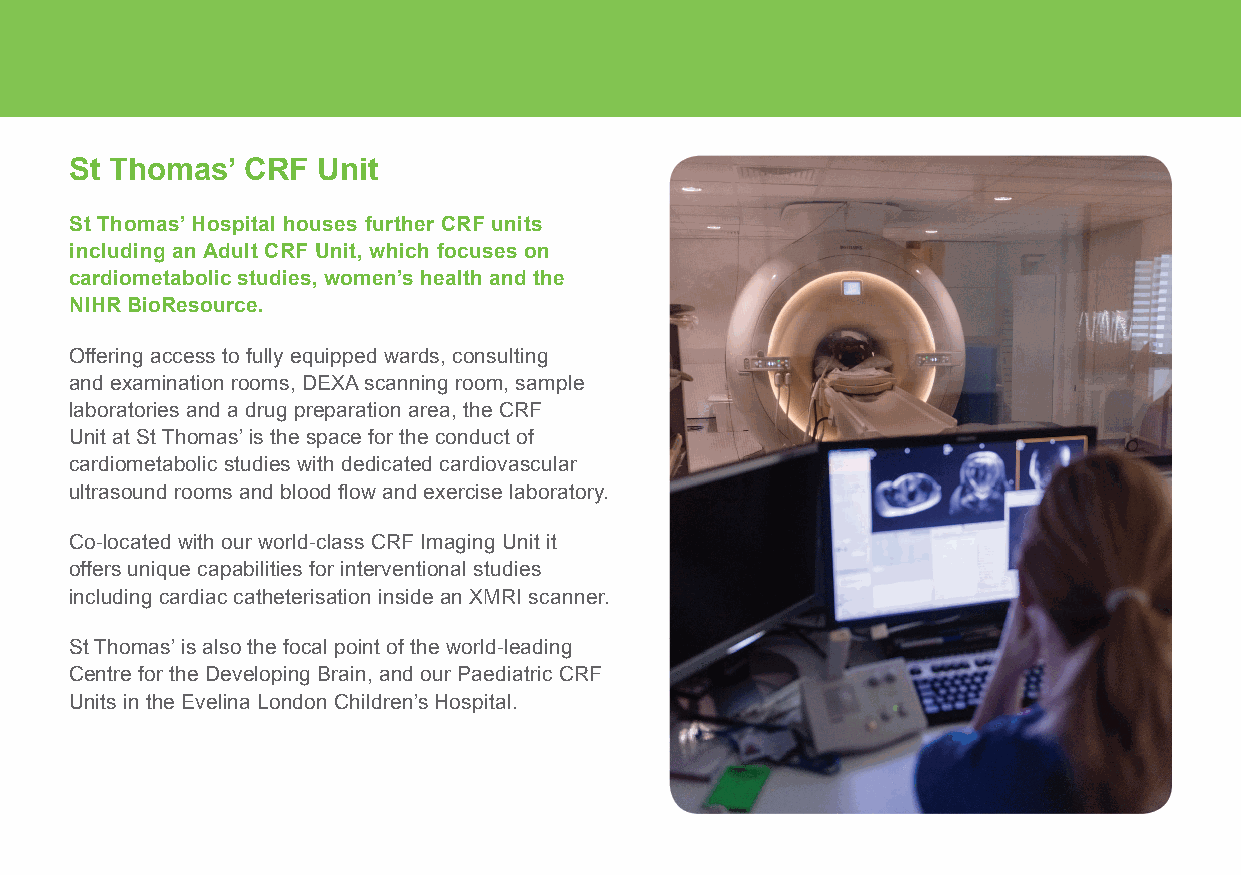
St Thomas’ CRF  Unit
 St Thomas’ Hospital houses further CRF units
 including an Adult CRF Unit, which focuses on
 cardiometabolic studies, women’s health and the
 NIHR BioResource.
 Offering access to fully equipped wards, consulting
 and examination rooms, DEXA scanning room, sample
 laboratories and a drug preparation area, the CRF
 Unit at St Thomas’ is the space for the conduct of
 cardiometabolic studies with dedicated cardiovascular
 ultrasound rooms and blood flow and exercise laboratory.
 Co-located with our world-class CRF Imaging Unit it
 offers unique capabilities for interventional studies
 including cardiac catheterisation inside an XMRI scanner.
 St Thomas’ is also the focal point of the world-leading
 Centre for the Developing Brain, and our Paediatric CRF
 Units in the Evelina London Children’s Hospital.